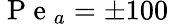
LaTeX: \mathrm{~P~e~}_{a}=\pm 100